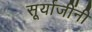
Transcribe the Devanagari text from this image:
सूर्याजींनी